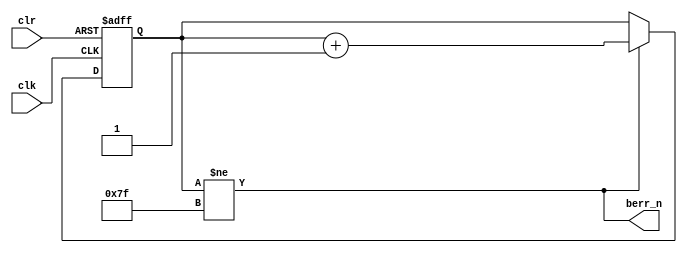
///////////////////////////////////////////////////////////////////////////////
//  Copyright 2018 Fredrik A. Kristiansen
//  Permission is hereby granted, free of charge, to any person obtaining a 
//  copy of this software and associated documentation files (the "Software"), 
//  to deal in the Software without restriction, including without limitation 
//  the rights to use, copy, modify, merge, publish, distribute, sublicense, 
//  and/or sell copies of the Software, and to permit persons to whom the 
//  Software is furnished to do so, subject to the following conditions:
//
//  The above copyright notice and this permission notice shall be included in 
//  all copies or substantial portions of the Software.
//
//  THE SOFTWARE IS PROVIDED "AS IS", WITHOUT WARRANTY OF ANY KIND, EXPRESS 
//  OR IMPLIED, INCLUDING BUT NOT LIMITED TO THE WARRANTIES OF MERCHANTABILITY, 
//  FITNESS FOR A PARTICULAR PURPOSE AND NONINFRINGEMENT. IN NO EVENT SHALL THE 
//  AUTHORS OR COPYRIGHT HOLDERS BE LIABLE FOR ANY CLAIM, DAMAGES OR OTHER 
//  LIABILITY, WHETHER IN AN ACTION OF CONTRACT, TORT OR OTHERWISE, ARISING 
//  FROM, OUT OF OR IN CONNECTION WITH THE SOFTWARE OR THE USE OR OTHER 
//  DEALINGS IN THE SOFTWARE.
///////////////////////////////////////////////////////////////////////////////
`ifndef GLUE_WATCHDOG_V
`define GLUE_WATCHDOG_V

module watchdog(
	input clk,
	input clr,
	output berr_n
);
	reg [6:0] counter;

	assign berr_n = counter != 7'b1111111;

	initial
	begin
		counter = 7'd0;
	end

	always @(posedge clk or posedge clr)
	begin
		if(clr)
			counter <= 7'd0;
		else
		begin
			if(counter != 7'b1111111)
				counter <= counter + 1;
		end
	end
endmodule

`endif